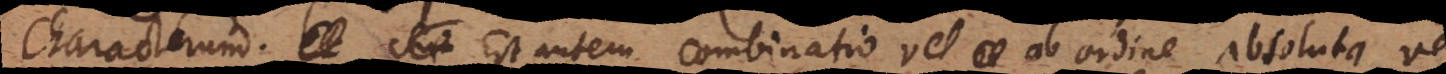
Characterum. Est autem combinatio vel ab ordine absoluta, vel